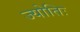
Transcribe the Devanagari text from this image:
ज्योतिः